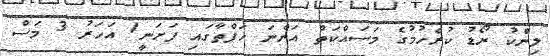
ލިންކު ރޯޑު ކުރެހުމުގެ މަސައްކަތް އަންނަ ހަފްތާގައި ފަށަނީ1 އަހަރު 3 މަސް